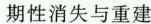
期性消失与重建